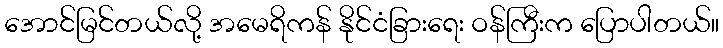
အောင်မြင်တယ်လို့ အမေရိကန် နိုင်ငံခြားရေး ဝန်ကြီးက ပြောပါတယ်။